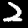
Label: 2